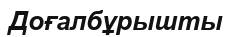
Доғалбұрышты